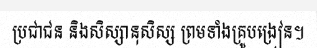
ប្រជាជន និងសិស្សានុសិស្ស ព្រមទាំងគ្រូបង្រៀន។